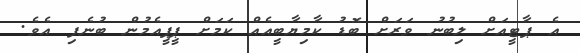
އެ ޕާޓީއަށް ލިބުނު ވަރަށް ބޮޑު ކާމިޔާބީއެއް ކަމަށް ޕީޕީއެމުން ބުނެފި އެވެ.